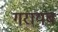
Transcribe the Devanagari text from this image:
गरायब